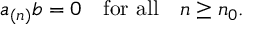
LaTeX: a _ { ( n ) } b = 0 \quad \mathrm { f o r ~ a l l } \quad n \geq n _ { 0 } .